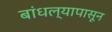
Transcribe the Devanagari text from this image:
बांधल्यापासून